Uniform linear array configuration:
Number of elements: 32
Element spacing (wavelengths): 0.5
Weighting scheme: kaiser
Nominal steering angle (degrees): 15
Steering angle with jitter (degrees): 14.067
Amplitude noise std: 0.05
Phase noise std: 0.05

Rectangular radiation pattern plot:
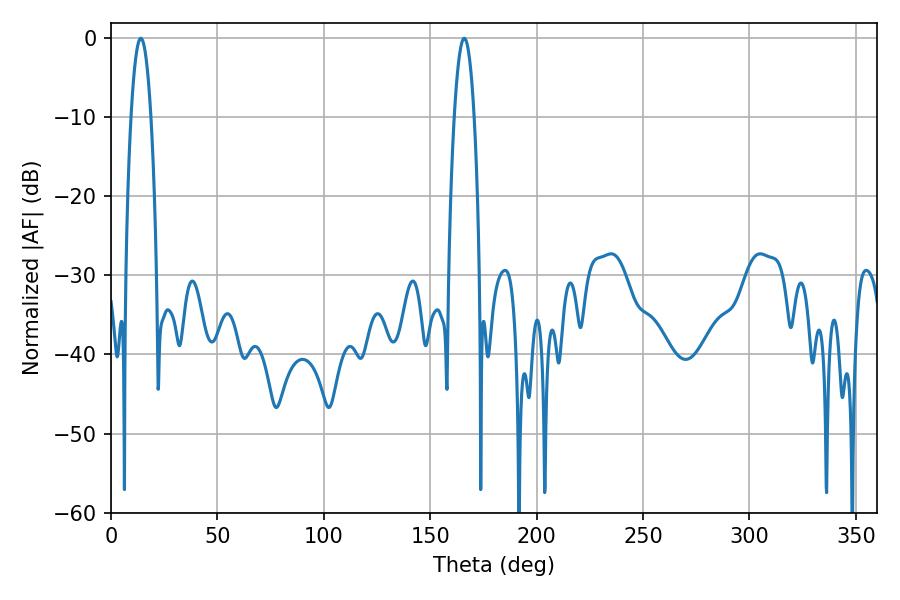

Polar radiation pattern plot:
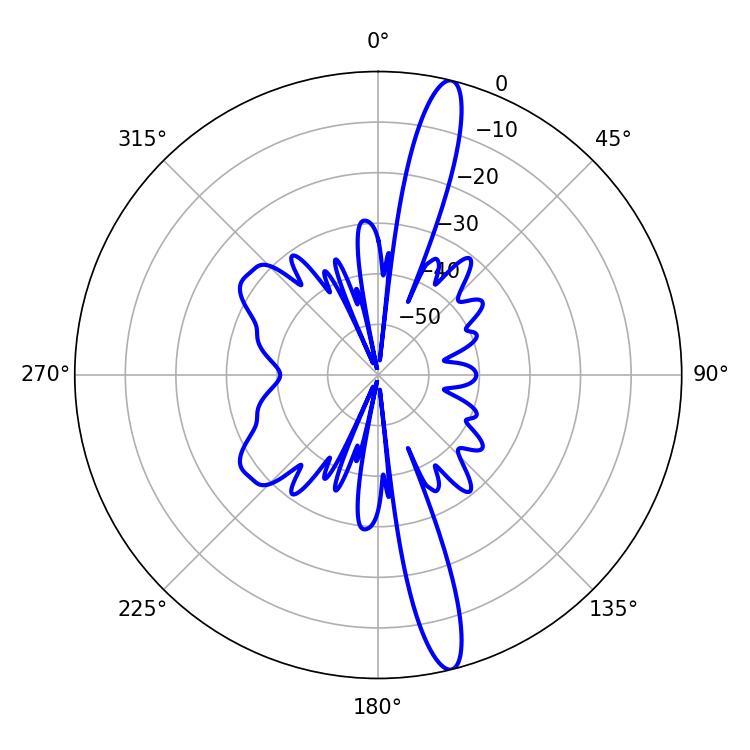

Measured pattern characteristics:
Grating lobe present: FALSE
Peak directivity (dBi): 16.361
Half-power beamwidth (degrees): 5.04
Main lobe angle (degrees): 14.04